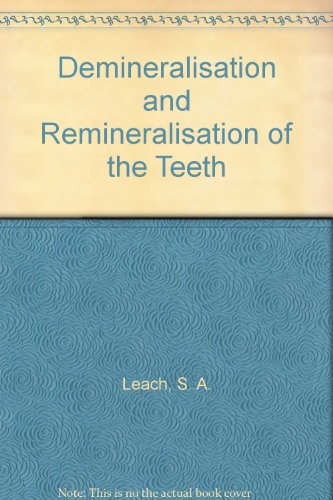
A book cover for Demineralisation and Remineralisation of the Teeth; S. A. Leach; Medical Books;